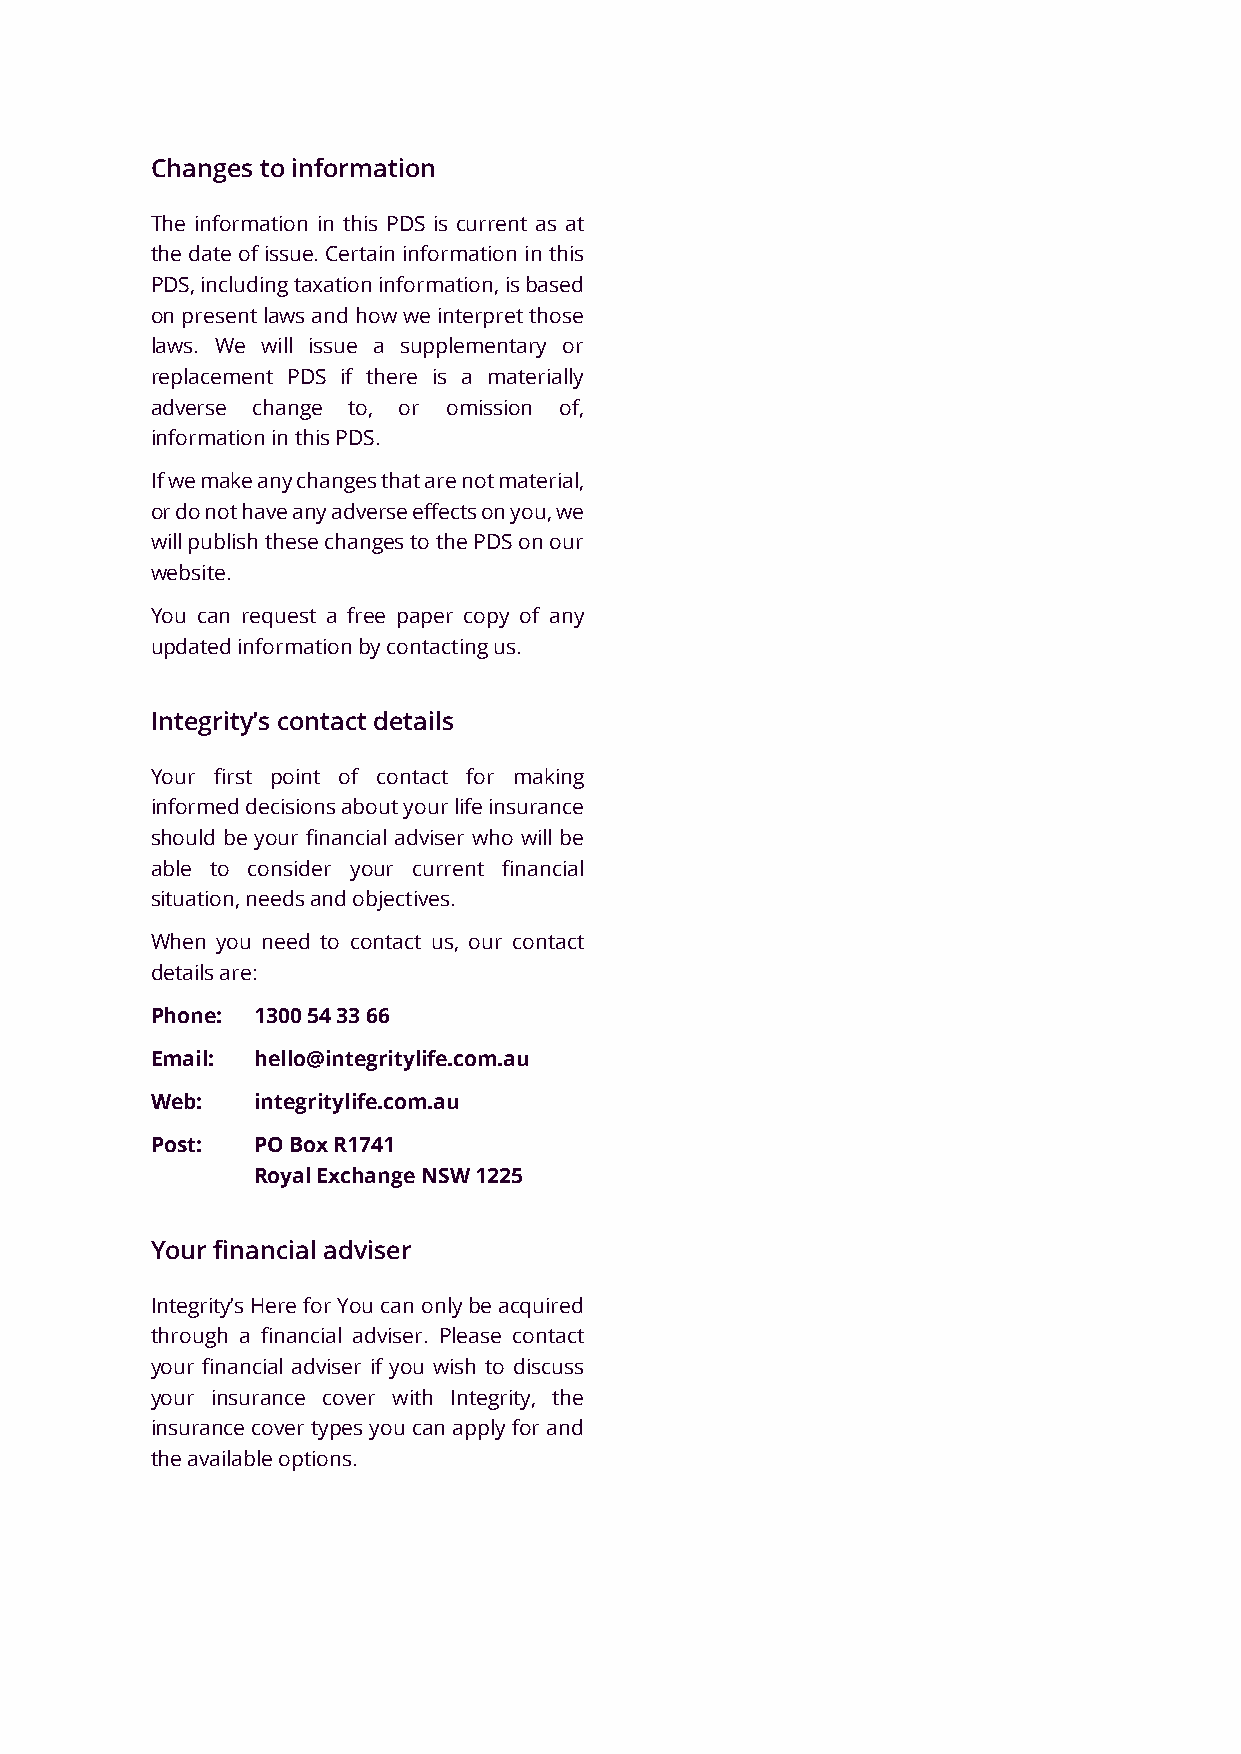
Changes to information
 The information in this PDS is current as at
 the date of issue. Certain information in this
 PDS, including taxation information, is based
 on present laws and how we interpret those
 laws. We will issue a supplementary or
 replacement PDS if there is a materially
 adverse change to, or omission of,
 information in this PDS.
 If we make any changes that are not material,
 or do not have any adverse effects on you, we
 will publish these changes to the PDS on our
 website.
 You can request a free paper copy of any
 updated information by contacting us.
 Integrity’s contact details
 Your first point of contact for making
 informed decisions about your life insurance
 should be your financial adviser who will be
 able to consider your current financial
 situation, needs and objectives.
 When you need to contact us, our contact
 details are:
 Phone: 1300 54 33 66
 Email: hello@integritylife.com.au
 Web:   integritylife.com.au
 Post:  PO Box R1741
 Royal Exchange NSW 1225
 Your financial adviser
 Integrity’s Here for You can only be acquired
 through a financial adviser. Please contact
 your financial adviser if you wish to discuss
 your insurance cover with Integrity, the
 insurance cover types you can apply for and
 the available options.